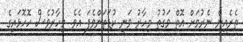
ތެރެއިން ނެރުމަށް އޮތް ވަގުތު މިހާރު ވަނީ ކުޑަތަންވެފަ އެވެ. މިހާރުވެސް ހޮހޮޅައިގެ